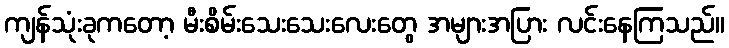
ကျန်သုံးခုကတော့ မီးစိမ်းသေးသေးလေးတွေ အများအပြား လင်းနေကြသည်။